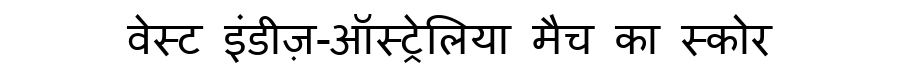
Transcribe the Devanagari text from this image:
वेस्ट इंडीज़-ऑस्ट्रेलिया मैच का स्कोर